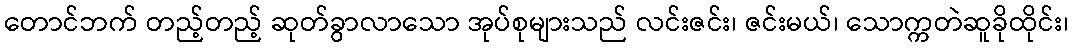
တောင်ဘက် တည့်တည့် ဆုတ်ခွာလာသော အုပ်စုများသည် လင်းဇင်း၊ ဇင်းမယ်၊ သောက္ကတဲဆူခိုထိုင်း၊